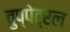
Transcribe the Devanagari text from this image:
वुप्‍पेट्रल